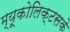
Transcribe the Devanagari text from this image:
म्यूकोलिक्टसके